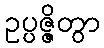
ဥပ္ပဇ္ဇိတွာ